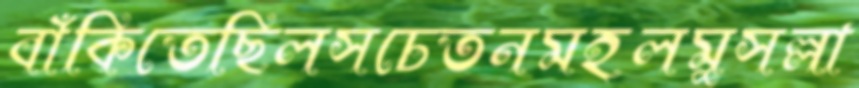
বাঁকিতেছিলসচেতনমহলমুসল্লা